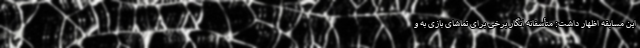
این مسابقه اظهار داشت: متأسفانه انگار برخی‌ برای تماشای بازی به و